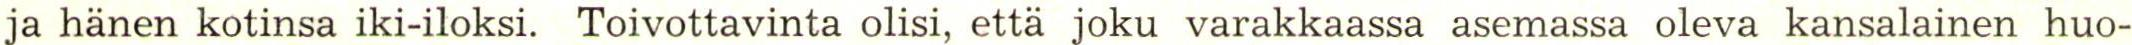
ja hänen kotinsa iki-iloksi. Toivottavinta olisi, etta joku varakkaassa asemassa oleva kansalainen huo-